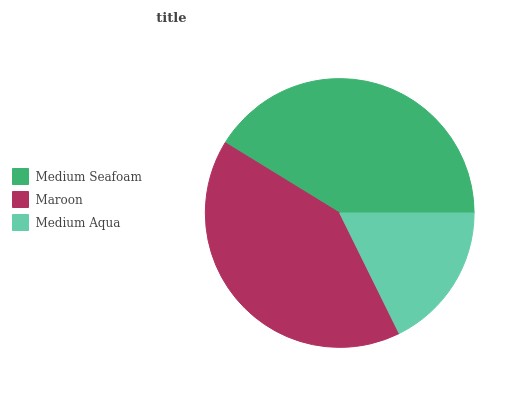
| Medium Seafoam | Maroon | Medium Aqua |
 | --- | --- | --- |
 | 41.2% | 41.1% | 17.7% |